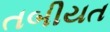
તબીયત